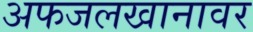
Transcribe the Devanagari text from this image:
अफजलखानावर